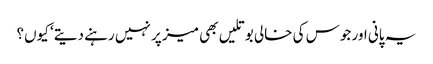
یہ پانی اور جوس کی خالی بوتلیں بھی میز پر نہیں رہنے دیتے‘ کیوں؟